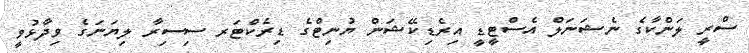
ސްރީ ލަންކާގެ ނެޝަނަލް އެސްޓީޑީ އިރެޑިކޭޝަން ޔުނިޓްގެ ޑިރެކްޓަރ ސިސިރާ ލިޔަނަގެ ވިދާޅުވީ